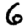
Digit: 6